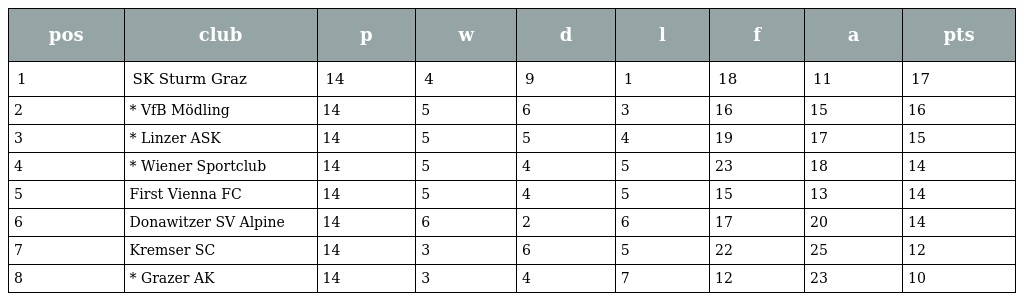
| pos | club | p | w | d | l | f | a | pts |
 | --- | --- | --- | --- | --- | --- | --- | --- | --- |
 | 1 | SK Sturm Graz | 14 | 4 | 9 | 1 | 18 | 11 | 17 |
 | 2 | * VfB Mödling | 14 | 5 | 6 | 3 | 16 | 15 | 16 |
 | 3 | * Linzer ASK | 14 | 5 | 5 | 4 | 19 | 17 | 15 |
 | 4 | * Wiener Sportclub | 14 | 5 | 4 | 5 | 23 | 18 | 14 |
 | 5 | First Vienna FC | 14 | 5 | 4 | 5 | 15 | 13 | 14 |
 | 6 | Donawitzer SV Alpine | 14 | 6 | 2 | 6 | 17 | 20 | 14 |
 | 7 | Kremser SC | 14 | 3 | 6 | 5 | 22 | 25 | 12 |
 | 8 | * Grazer AK | 14 | 3 | 4 | 7 | 12 | 23 | 10 |